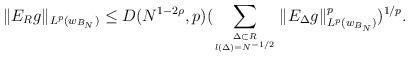
LaTeX: \begin{align*}\|E_Rg\|_{L^p(w_{B_N})}\le D(N^{1-2\rho},p)(\sum_{\Delta\subset R\atop{l(\Delta)=N^{-1/2}}}\|E_\Delta g\|_{L^p(w_{B_N})}^p)^{1/p}.\end{align*}